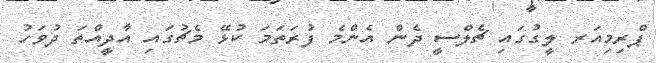
ޕްރިމިއަރ ލީގުގައި ޗެލްސީ ދެން އެންމެ ފުރަތަމަ ކުޅޭ މެޗުގައި އާދީއްތަ ދުވަހު